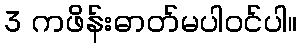
3 ကဖိန်းဓာတ်မပါဝင်ပါ။